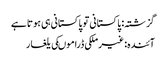
گزشتہ: پاکستانی تو پاکستانی ہی ہوتا ہے
آئندہ: غیرملکی ڈراموںکی یلغار